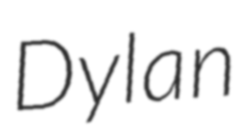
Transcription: Dylan